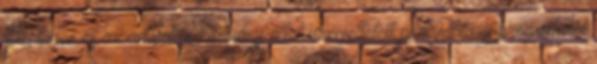
Pentagon és az amerikai kormány által üzemeltetett paramilitáris programról